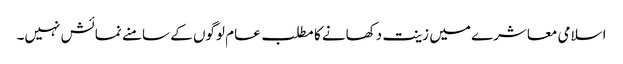
اسلامی معاشرے میں زینت دکھانے کا مطلب عام لوگوں کے سامنے نمائش نہیں۔